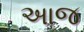
અાજ